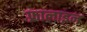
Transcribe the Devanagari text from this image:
फ्रालाइन